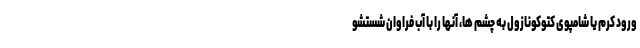
ورود کرم یا شامپوی کتوکونازول به چشم ها، آنها را با آب فراوان شستشو